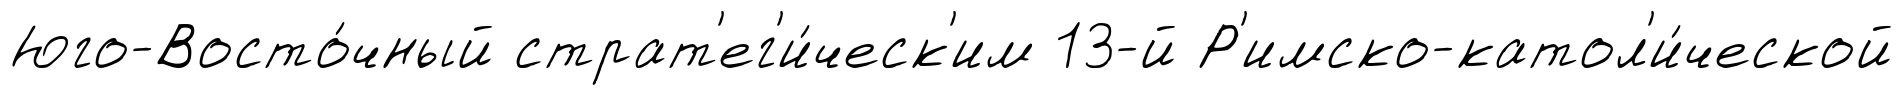
Юго-Восто́чный страт'ег'и́ческ'им 13-й Р'имско-катол'и́ческой